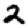
Digit: 2